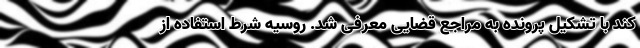
کند با تشکیل پرونده به مراجع قضایی معرفی شد. روسیه شرط استفاده از